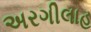
અરગીલાહ